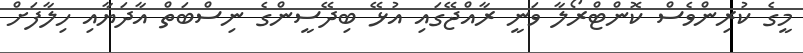
މީގެ ކުރިންވެސް ކޮންޓްރޯލާ ވަނީ ރާއްޖޭގައި އުޅޭ ބިދޭސީންގެ ނިސްބަތް އާދަޔާއި ހިލާފަށް